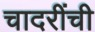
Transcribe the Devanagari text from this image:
चादरींची